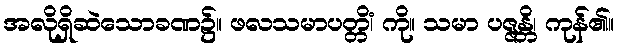
အလိုရှိဆဲသောခဏ၌။ ဖလသမာပတ္တိံ၊ ကို။ သမာ ပဇ္ဇန္တိ၊ ကုန်၏။